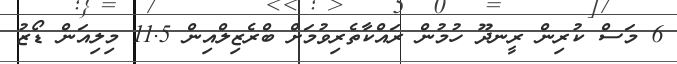
6 މަސް ކުރިން ރީނދޫ ހުމުން ރައްކާތެރިވުމަށް ބްރެޒިލްއިން 11.5 މިލިއަން ޑޯޒު